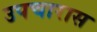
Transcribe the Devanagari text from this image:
उपचारास